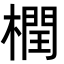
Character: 橍